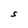
Character: S